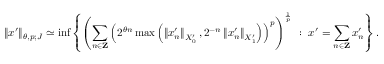
\| x ^ { \prime } \| _ { \theta , p ; J } \simeq \operatorname* { i n f } \left\{ \left( \sum _ { n \in \mathbf { Z } } \left( 2 ^ { \theta n } \operatorname* { m a x } \left( \left\| x _ { n } ^ { \prime } \right\| _ { X _ { 0 } ^ { \prime } } , 2 ^ { - n } \left\| x _ { n } ^ { \prime } \right\| _ { X _ { 1 } ^ { \prime } } \right) \right) ^ { p } \right) ^ { \frac { 1 } { p } } \ : \ x ^ { \prime } = \sum _ { n \in \mathbf { Z } } x _ { n } ^ { \prime } \right\} .